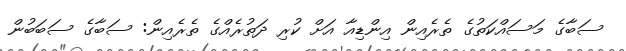
ސަބާގެ މަސައްކަތުގެ ތެރެއިން އިންޑިއާ އަށް ކުރި ދަތުރެއްގެ ތެރެއިން: ސަބާގެ ސަބަބުން